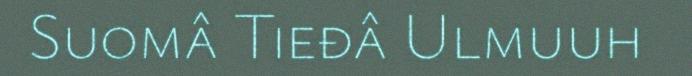
Suomâ Tieđâ Ulmuuh